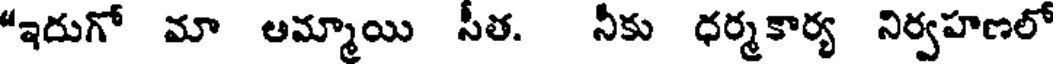
"ఇదుగో మా అమ్మాయి సీత. నీకు ధర్మకార్య నిర్వహణలో